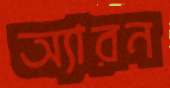
অ্যারন